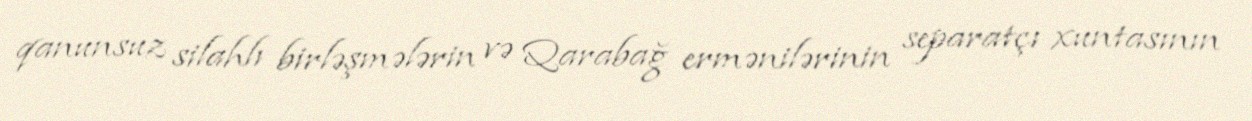
qanunsuz silahlı birləşmələrin və Qarabağ ermənilərinin separatçı xuntasının